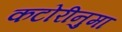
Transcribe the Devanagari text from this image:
कटोरीनुमा